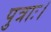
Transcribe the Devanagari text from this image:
पुत्राः।